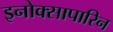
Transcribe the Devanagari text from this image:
इनोक्सापारिन